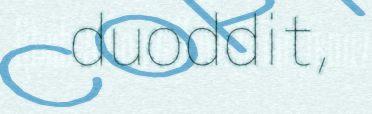
duoddit,